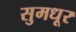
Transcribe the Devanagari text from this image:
सुमधूर